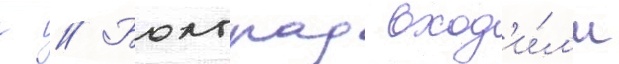
г // Болград вход'и́л'и